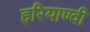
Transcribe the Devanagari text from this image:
हरियाण्वी